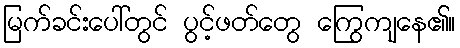
မြက်ခင်းပေါ်တွင် ပွင့်ဖတ်တွေ ကြွေကျနေ၏။